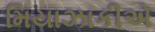
મિયાઝાકીએ